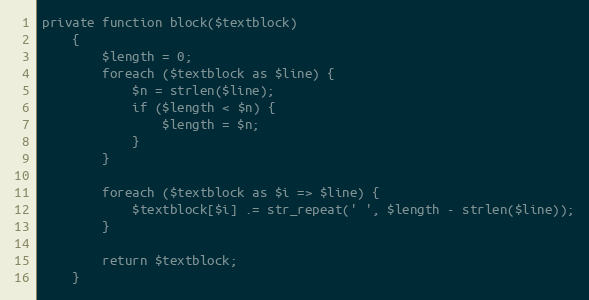
Language: PHP
private function block($textblock)
    {
        $length = 0;
        foreach ($textblock as $line) {
            $n = strlen($line);
            if ($length < $n) {
                $length = $n;
            }
        }

        foreach ($textblock as $i => $line) {
            $textblock[$i] .= str_repeat(' ', $length - strlen($line));
        }

        return $textblock;
    }